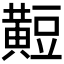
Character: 𪏄